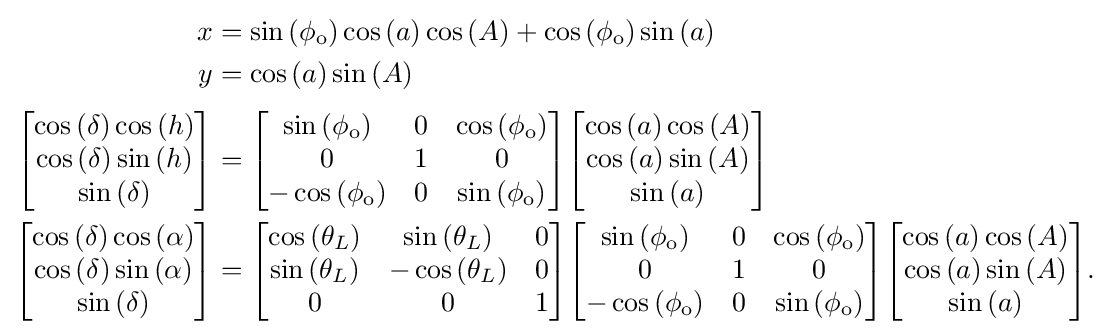
{\begin{aligned}x&=\sin \left(\phi _{\text{o}}\right)\cos \left(a\right)\cos \left(A\right)+\cos \left(\phi _{\text{o}}\right)\sin \left(a\right)\\y&=\cos \left(a\right)\sin \left(A\right)\\[3pt]{\begin{bmatrix}\cos \left(\delta \right)\cos \left(h\right)\\\cos \left(\delta \right)\sin \left(h\right)\\\sin \left(\delta \right)\end{bmatrix}}&={\begin{bmatrix}\sin \left(\phi _{\text{o}}\right)&0&\cos \left(\phi _{\text{o}}\right)\\0&1&0\\-\cos \left(\phi _{\text{o}}\right)&0&\sin \left(\phi _{\text{o}}\right)\end{bmatrix}}{\begin{bmatrix}\cos \left(a\right)\cos \left(A\right)\\\cos \left(a\right)\sin \left(A\right)\\\sin \left(a\right)\end{bmatrix}}\\{\begin{bmatrix}\cos \left(\delta \right)\cos \left(\alpha \right)\\\cos \left(\delta \right)\sin \left(\alpha \right)\\\sin \left(\delta \right)\end{bmatrix}}&={\begin{bmatrix}\cos \left(\theta _{L}\right)&\sin \left(\theta _{L}\right)&0\\\sin \left(\theta _{L}\right)&-\cos \left(\theta _{L}\right)&0\\0&0&1\end{bmatrix}}{\begin{bmatrix}\sin \left(\phi _{\text{o}}\right)&0&\cos \left(\phi _{\text{o}}\right)\\0&1&0\\-\cos \left(\phi _{\text{o}}\right)&0&\sin \left(\phi _{\text{o}}\right)\end{bmatrix}}{\begin{bmatrix}\cos \left(a\right)\cos \left(A\right)\\\cos \left(a\right)\sin \left(A\right)\\\sin \left(a\right)\end{bmatrix}}.\end{aligned}}